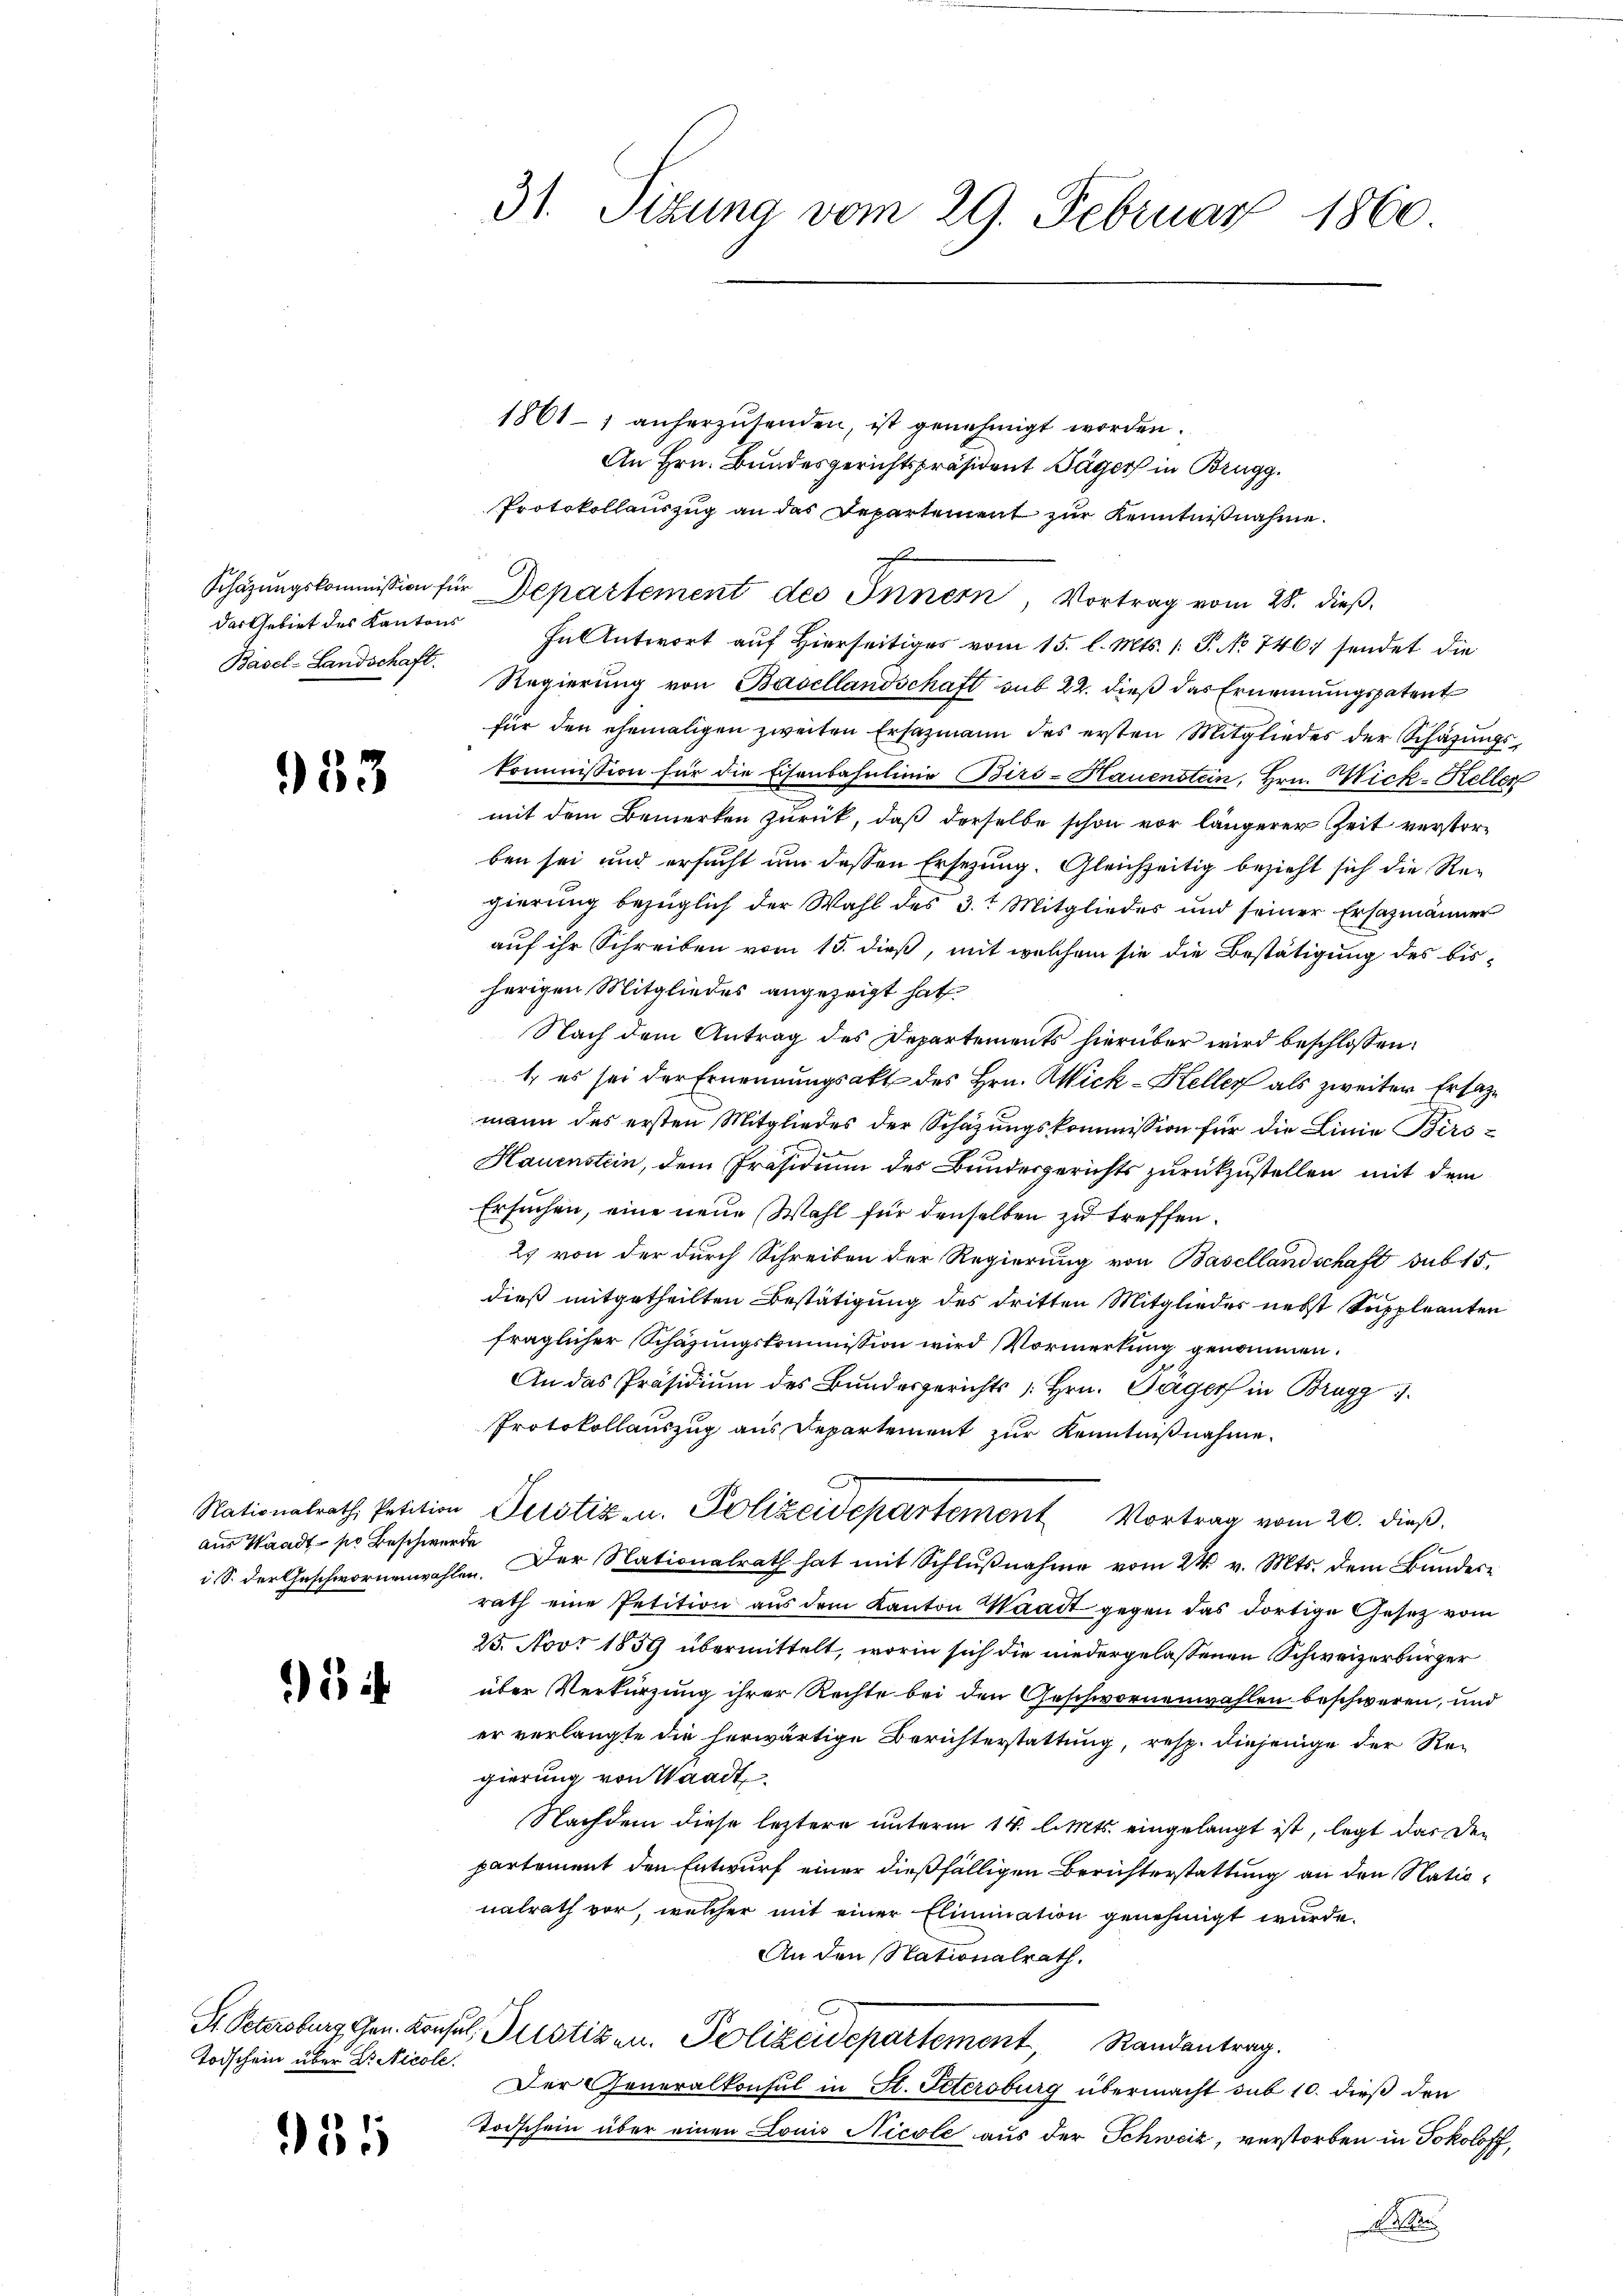
das Gebiet des Kantons
Basel-Landschaft.

953

aus Waadt - pr Beschwerde
iS. der Geschwornenwahlen.

Todschein über Dr. Nicole.

181

1861 anherzŭsenden, ist genehmigt worden.
An Hrn. Bundesgerichtspräsident Däger in Brugg.
Protokollauszug an das Departement zur Kenntnißnahme.
7
Fn Antwort auf Hierseitiges vom 15. l. Mts. 1. P. No 746. sendet die
Regierung von Basellandschaft sub 22. dieß das Ernennungspatent
für den ehemaligen zweiten Ersazmann des ersten Mitgliedes der Schafungskommission für die Eisenbahnlinie Birs-Hauenstein, Hrn. Wick-Keller
mit dem Bemerken zurück, daß derselbe schon vor längerer Zeit verstorben sei und ersucht um dessen Ersezung. Gleichzeitig bezieht sich die Regierung bezüglich der Wahl des 3.t Mitglieder und seiner Ersatzmänner
auf ihr Schreiben vom 15. dieß, mit welchem sie die Bestätigung des bis-
herigen Mitgliedes angezeigt hat.
Nach dem Antrag des Departements hierüber wird beschlossen:
1. es sei der Ernennungsakt des Hrn. Wick - Keller als zweiter Ersatze
mann des ersten Mitgliedes der Schazungskommission für die Linie Birs-
Hauenstein, dem Präsidium des Bundesgerichts zurückzustellen mit dem
Ersuchen, eine neue Wahl für denselben zu treffen.
2. von der durch Schreiben der Regierung von Basellandschaft sub 15.
dieß mitgetheilten Bestätigung des dritten Mitglieder nebst Suppleanten
fraglicher Schäzungskommission wird Vormerkung genommen.
An das Präsidium des Bundesgerichts Hrn. Gager in Brugg
Protokollauszug aus Departement zur Kenntnißnahme.
Nationalrath Petition Justiz- u. Polizeidepartement Vortrag vom 26. dieβ.
1
Der Nationalrath hat mit Schlußnahme vom 24. v. Mts. dem Bundesrath eine Petition aus dem Kanton Waadt gegen das dortige Gesetz vom
25. Nov. 1859 übermittelt, worin sich die niedergelassenen Schweizerbürger
über Verkürzung ihrer Rechte bei den Geschwornenwahlen beschweren, und
er verlangte die herwärtige Berichterstattung, resp. diejenige der Re-
gierung von Waadt
Nachdem diese leztere unterm 14. l. Mts. eingelangt ist, legt das den
partement den Entwurf einer dießfälligen Berichterstattung an den Nationalrath vor, welcher mit einer Elimination genehmigt wurde.
An den Stationalrath.
St. Petersburg Gen. Konsul, Institen. Polizeidepartement, Randantrag.
Der Generalkonsul in St. Petersburg übermacht sub 10. dieß den
Todschein über einen Louis Nicole aus der Schweiz, verstorben in Jokoloff,

31. Sitzung vom 29. Februar 1860.

Schäzŭngskommission für Departement des Innern, Vortrag vom 28. dieβ.